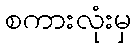
စကားလုံးမှ